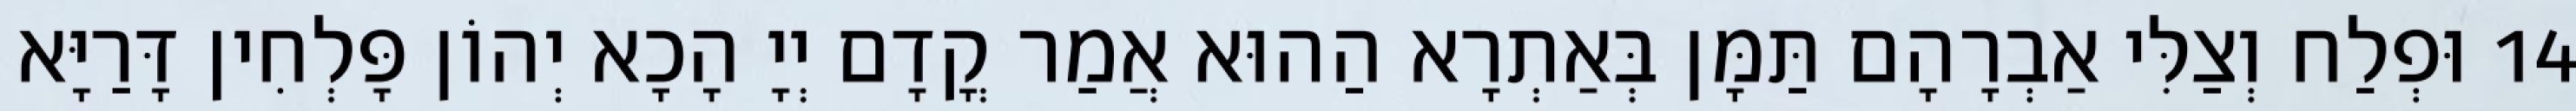
14 וּפְלַח וְצַלִּי אַבְרָהָם תַּמָּן בְּאַתְרָא הַהוּא אֲמַר קֳדָם יְיָ הָכָא יְהוֹן פָּלְחִין דָּרַיָּא